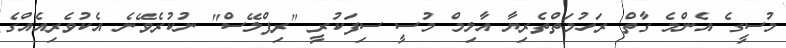
މުސީގެ އެންމެ ގާތް ރަހުމަތްތެރިޔާ އާލިމް މުސީ ސިފަކުރީ "ރިޕްލޭސް" ނުކުރެވޭނެ އެކުވެރިއެއްގެ